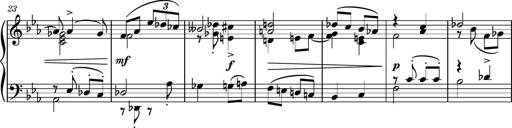
Title: Piano Sonatina No.5
Composer: Dimitri Sykias
Key: C minor